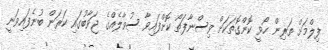
ފިލްމަށް ތަރިން ހޯވީ ކޮންގޮތަކަށް ވިސްނާފަތޯ ކޮށްފައިވާ ސުވާލެއްގެ ޖަވާބުގައި ކަރަން ބުނެފައިވަނީ